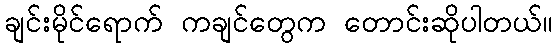
ချင်းမိုင်ရောက် ကချင်တွေက တောင်းဆိုပါတယ်။